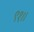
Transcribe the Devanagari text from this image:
९१।।